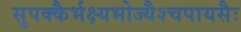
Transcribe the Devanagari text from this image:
सुपक्कैर्भक्ष्यभोज्यैश्चपायसैः